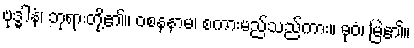
ဗုဒ္ဓါနံ၊ ဘုရားတို့၏။ ဝစနနာမ၊ စကားမည်သည်ကား။ ဓုဝံ၊ မြဲ၏။